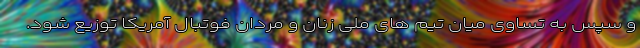
و سپس به تساوی میان تیم های ملی زنان و مردان فوتبال آمریکا توزیع شود.